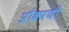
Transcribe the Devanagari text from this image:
प्रौढपणी